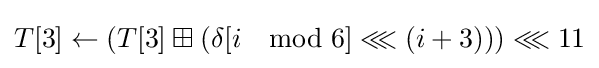
T[3]\leftarrow \left(T[3]\boxplus \left(\delta [i\mod 6]\lll \left(i+3\right)\right)\right)\lll 11